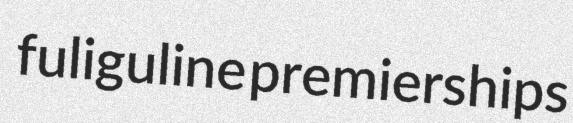
fuliguline premierships